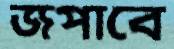
জপাবে